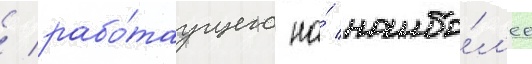
/ рабо́таущего на́ наибо́л'ее